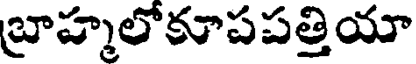
బ్రాహ్మలోకూపపత్తియా